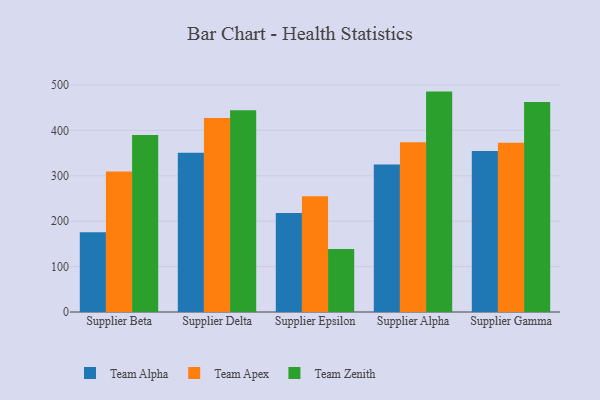
{"axis": {"x": "Supplier", "y": "Tickets Resolved"}, "legend": ["Team Alpha", "Team Apex", "Team Zenith"], "data": [{"x": "Supplier Beta", "y": 175.4, "type": "Team Alpha"}, {"x": "Supplier Beta", "y": 309.3, "type": "Team Apex"}, {"x": "Supplier Beta", "y": 389.7, "type": "Team Zenith"}, {"x": "Supplier Delta", "y": 350.4, "type": "Team Alpha"}, {"x": "Supplier Delta", "y": 427.4, "type": "Team Apex"}, {"x": "Supplier Delta", "y": 444.4, "type": "Team Zenith"}, {"x": "Supplier Epsilon", "y": 218.0, "type": "Team Alpha"}, {"x": "Supplier Epsilon", "y": 254.7, "type": "Team Apex"}, {"x": "Supplier Epsilon", "y": 138.9, "type": "Team Zenith"}, {"x": "Supplier Alpha", "y": 324.7, "type": "Team Alpha"}, {"x": "Supplier Alpha", "y": 373.7, "type": "Team Apex"}, {"x": "Supplier Alpha", "y": 485.3, "type": "Team Zenith"}, {"x": "Supplier Gamma", "y": 354.5, "type": "Team Alpha"}, {"x": "Supplier Gamma", "y": 372.5, "type": "Team Apex"}, {"x": "Supplier Gamma", "y": 462.4, "type": "Team Zenith"}]}